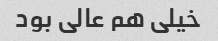
خیلی هم عالی بود